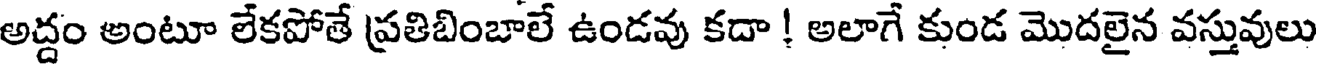
అద్దం అంటూ లేకపోతే ప్రతిబింబాలే ఉండవు కదా ! అలాగే కుండ మొదలైన వస్తువులు